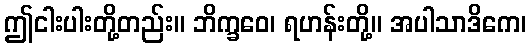
ဤငါးပါးတို့တည်း။ ဘိက္ခဝေ၊ ရဟန်းတို့။ အပါသာဒိကေ၊